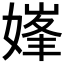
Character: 𱙣